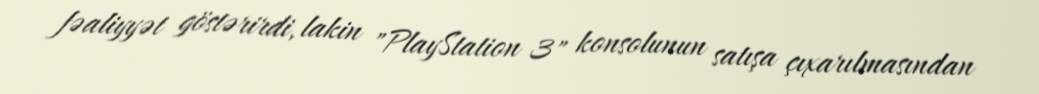
fəaliyyət göstərirdi, lakin "PlayStation 3" konsolunun satışa çıxarılmasından